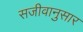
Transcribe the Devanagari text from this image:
सजीवानुसार